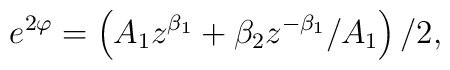
e^{2\varphi }=\left( A_1z^{\beta _1}+\beta _2z^{-\beta _1}/A_1\right) /2,